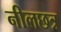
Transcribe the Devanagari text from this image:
नीलछत्र